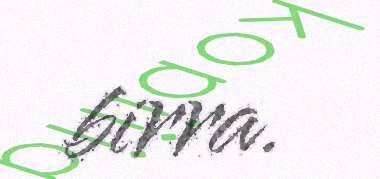
birra.